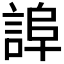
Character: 𧨮